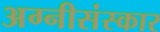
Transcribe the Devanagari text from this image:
अग्नीसंस्कार